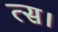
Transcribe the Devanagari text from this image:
त्स।